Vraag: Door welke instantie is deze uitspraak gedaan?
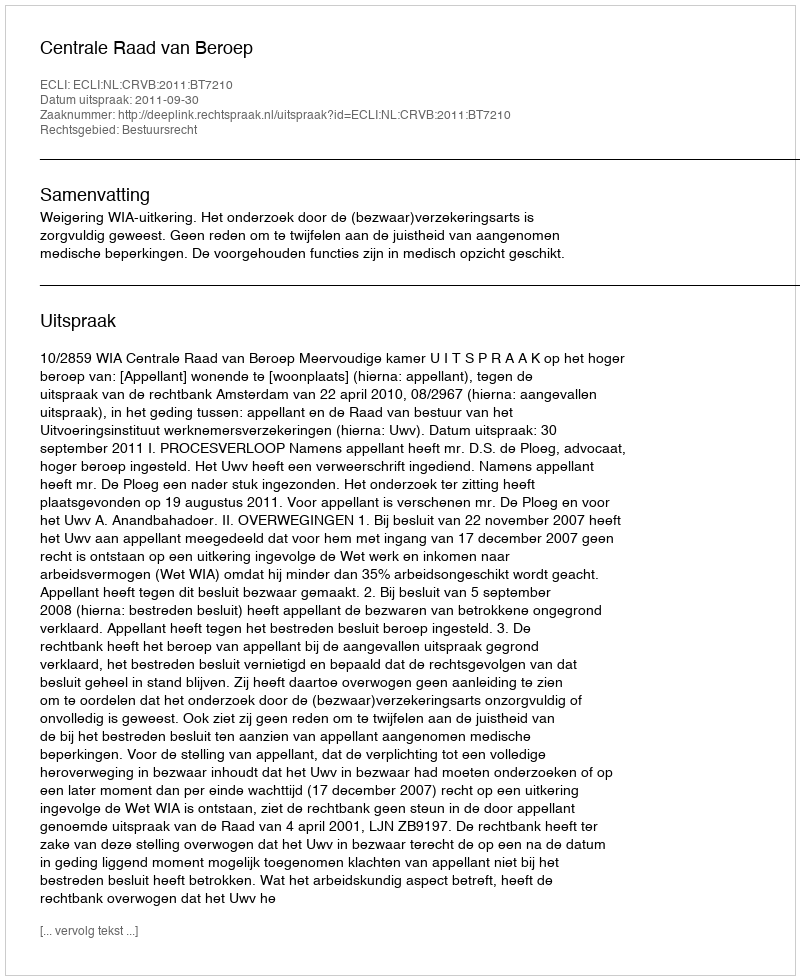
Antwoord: Centrale Raad van Beroep